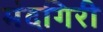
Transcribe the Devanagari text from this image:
मंदगिरी